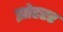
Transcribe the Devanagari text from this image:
झोहरर